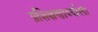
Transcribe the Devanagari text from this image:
प्रशिक्षणार्थ्याला